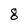
Character: 8